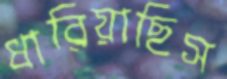
ধারিয়াছিস